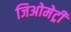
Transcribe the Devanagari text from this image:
जिअोमेट्री